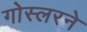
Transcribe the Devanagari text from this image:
गोस्लरने